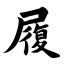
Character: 履